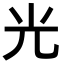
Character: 光